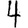
Digit: 4